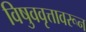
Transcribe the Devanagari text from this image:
विषुववृत्तावरून